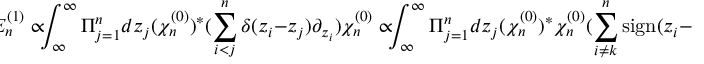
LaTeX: \! \! \! { \cal E } _ { n } ^ { ( 1 ) } \propto \! \! \! \int _ { \infty } ^ { \infty } \Pi _ { j = 1 } ^ { n } d z _ { j } ( \chi _ { n } ^ { ( 0 ) } ) ^ { * } ( \sum _ { i < j } ^ { n } \delta ( z _ { i } - z _ { j } ) \partial _ { z _ { i } } ) \chi _ { n } ^ { ( 0 ) } \propto \! \! \! \int _ { \infty } ^ { \infty } \Pi _ { j = 1 } ^ { n } d z _ { j } ( \chi _ { n } ^ { ( 0 ) } ) ^ { * } \chi _ { n } ^ { ( 0 ) } ( \sum _ { i \neq k } ^ { n } \mathrm { s i g n } ( z _ { i } - z _ { k } ) ) = 0 ,